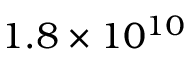
1 . 8 \times 1 0 ^ { 1 0 }